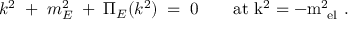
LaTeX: k ^ { 2 } \; + \; m _ { E } ^ { 2 } \; + \; \Pi _ { E } ( k ^ { 2 } ) \; = \; 0 \qquad \mathrm { a t ~ k ^ { 2 } = - m _ { \mathrm { ~ e l } } ^ { 2 } ~ } .